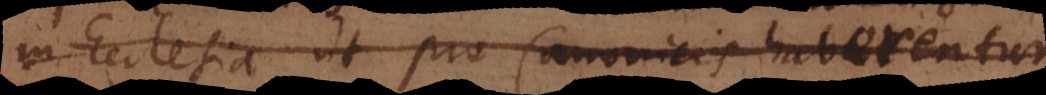
in Ecclesia ut pro Canonicis haberentur